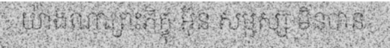
យ៉ាងណាព្រះភិក្ខុ អ៊ុន សម្ផស្ស មិនបាន